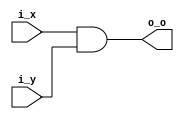
module BitWiseAnd (i_x, i_y, o_o);
	parameter N = 4;
	input [N-1:0] i_x, i_y;
	output [N-1:0] o_o;
	
	assign o_o = i_x&i_y;
endmodule